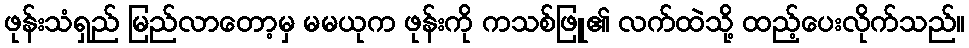
ဖုန်းသံရှည် မြည်လာတော့မှ မမယုက ဖုန်းကို ကသစ်ဖြူ၏ လက်ထဲသို့ ထည့်ပေးလိုက်သည်။